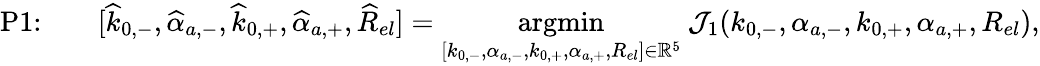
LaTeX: \textrm{P1:}\qquad[\widehat{k}_{0,-},{\widehat{\alpha}_{a,-}},\widehat{k}_{0,+},{\widehat{\alpha}_{a,+}},\widehat{R}_{el}]=\underset{[k_{0,-},{\alpha_{a,-}},k_{0,+},{\alpha_{a,+}},R_{el}]\in\mathbb{R}^{5}}{\textrm{argmin}}~\mathcal{J}_{1}(k_{0,-},{\alpha_{a,-}},k_{0,+},{\alpha_{a,+}},R_{el}),